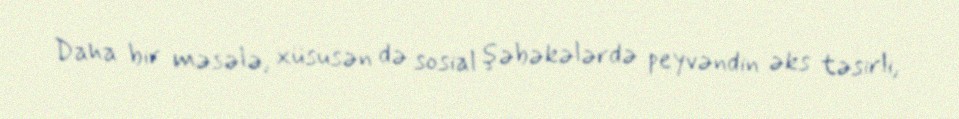
Daha bir məsələ, xüsusən də sosial şəbəkələrdə peyvəndin əks təsirli,